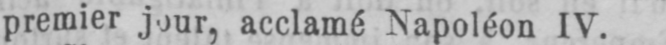
premier jour, acclamé Napoléon IV.